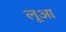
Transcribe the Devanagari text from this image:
लूआ